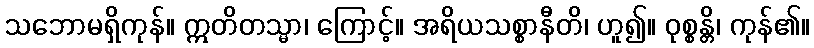
သဘောမရှိကုန်။ ဣတိတသ္မာ၊ ကြောင့်။ အရိယသစ္စာနီတိ၊ ဟူ၍။ ဝုစ္စန္တိ၊ ကုန်၏။